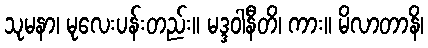
သုမနာ၊ မုလေးပန်းတည်း။ မဒ္ဒဝါနီတိ၊ ကား။ မိလာတာနိ၊